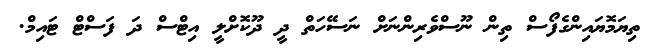
ތިޔަމޮޔައިންގެފޯސް ތިން ނޫސްވެރިންނަށް ނަސޭހަތް ދީ ދޫކޮށްލީ އިޓްސް ދަ ފަސްޓް ޓައިމް.